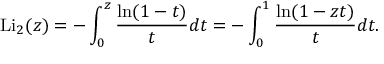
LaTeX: \operatorname { L i } _ { 2 } ( z ) = - \int _ { 0 } ^ { z } { \frac { \ln ( 1 - t ) } { t } } d t = - \int _ { 0 } ^ { 1 } { \frac { \ln ( 1 - z t ) } { t } } d t .